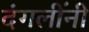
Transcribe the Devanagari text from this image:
दंगलींनी